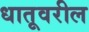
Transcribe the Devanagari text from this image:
धातूवरील